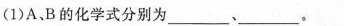
(1)A，B的化学式分别为___、___。